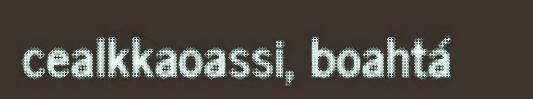
cealkkaoassi, boahtá